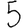
Digit: 5